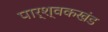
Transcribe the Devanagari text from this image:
पार्श्वकखंड